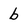
Character: b